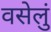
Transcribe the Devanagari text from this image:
वसेलुं